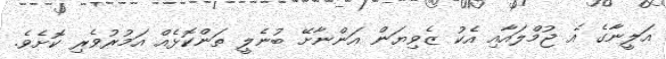
އަލީނާގެ އެ ޖުމްލައާއި އެކު ޒެވިޔަން އަންނާށޭ ބުނެލީ ތަންކޮޅެއް އަމުރުވެރި ކޮށެވެ.